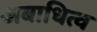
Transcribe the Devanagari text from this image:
अबाधित्व